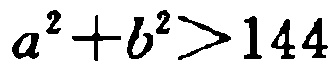
\(a^{2}+b^{2}>144\)